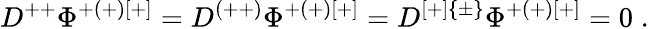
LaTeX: D^{++}\Phi^{+(+)[+]}=D^{(++)}\Phi^{+(+)[+]}=D^{[+]\{ \pm\} }\Phi^{+(+)[+]}=0\; .